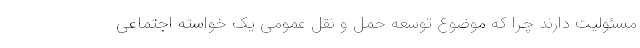
مسئولیت دارند چرا که موضوع توسعه حمل و نقل عمومی یک خواسته اجتماعی